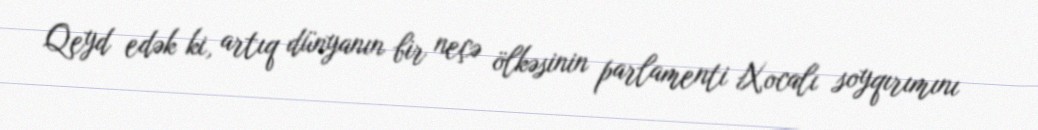
Qeyd edək ki, artıq dünyanın bir neçə ölkəsinin parlamenti Xocalı soyqırımını